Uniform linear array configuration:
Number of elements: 16
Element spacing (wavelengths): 0.25
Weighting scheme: uniform
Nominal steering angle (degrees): -30
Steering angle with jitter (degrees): -30.092
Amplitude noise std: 0.05
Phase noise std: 0.05

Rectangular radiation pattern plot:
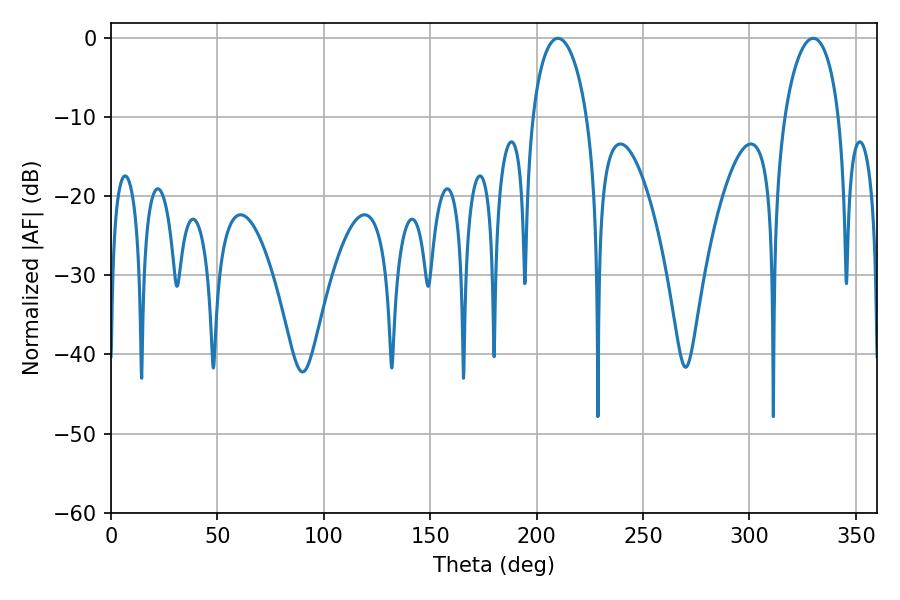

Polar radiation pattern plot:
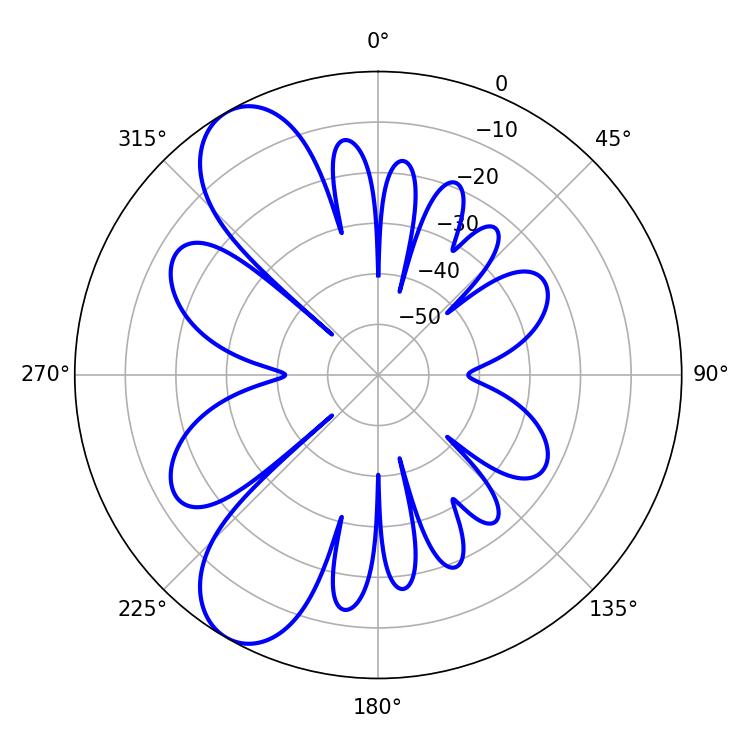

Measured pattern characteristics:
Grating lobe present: FALSE
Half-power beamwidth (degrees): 14.58
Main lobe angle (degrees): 210.06